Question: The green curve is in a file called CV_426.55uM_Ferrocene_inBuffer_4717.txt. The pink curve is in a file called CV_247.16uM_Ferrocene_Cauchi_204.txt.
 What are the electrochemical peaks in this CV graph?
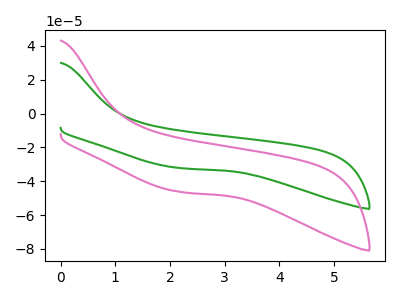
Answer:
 <answer>The green curve "Ferrocene_426.55uM" has no peaks. The pink curve "Ferrocene_247.16uM" has no peaks.</answer>
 <eval></eval>